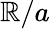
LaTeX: \mathbb{R}/a